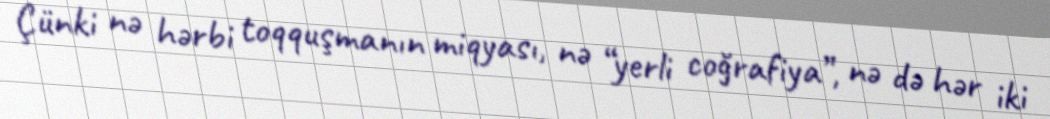
Çünki nə hərbi toqquşmanın miqyası, nə “yerli coğrafiya”, nə də hər iki